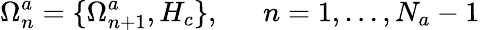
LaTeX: \Omega_{n}^{a}=\{ \Omega_{n+1}^{a},H_{c}\} ,\ \ \ \ \ \ n=1,\ldots,N_{a}-1